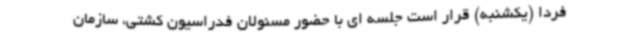
فردا (یکشنبه) قرار است جلسه ای با حضور مسئولان فدراسیون کشتی، سازمان